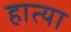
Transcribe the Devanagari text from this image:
हात्या